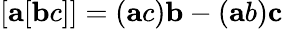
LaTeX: [{\mathbf a}[{\mathbf bc}]]=({\mathbf ac}){\mathbf b}-({\mathbf ab}){\mathbf c}